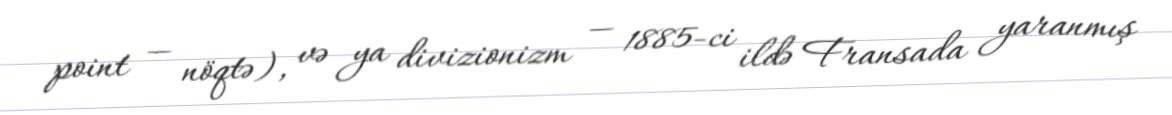
point — nöqtə), və ya divizionizm — 1885-ci ildə Fransada yaranmış